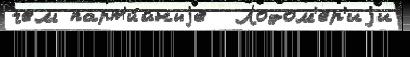
чем парт'и́йныjе  Лодом'ер'иjи